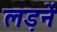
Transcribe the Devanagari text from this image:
लड़नें